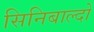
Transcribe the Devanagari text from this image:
सिनिबाल्दो